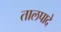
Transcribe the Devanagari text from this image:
तालपादे